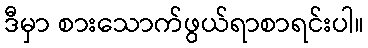
ဒီမှာ စားသောက်ဖွယ်ရာစာရင်းပါ။